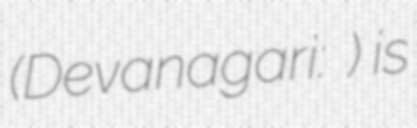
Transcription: (Devanagari: राहुल पाण्डेय) is